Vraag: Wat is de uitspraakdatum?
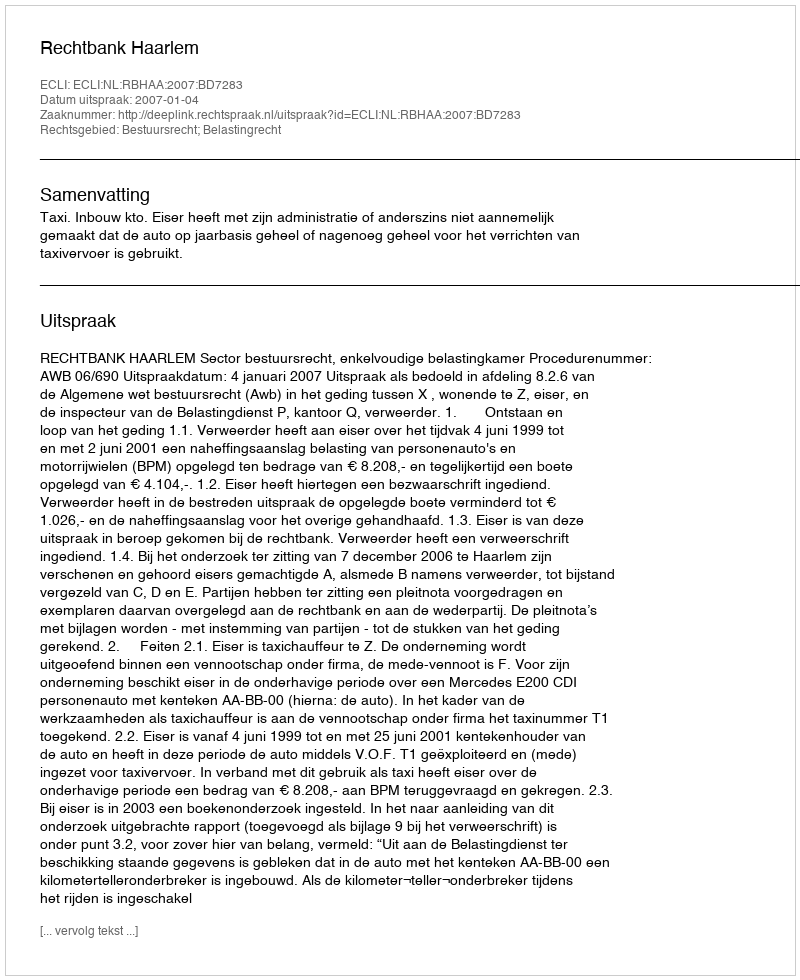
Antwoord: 2007-01-04